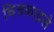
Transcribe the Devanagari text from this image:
चित्रकाढले